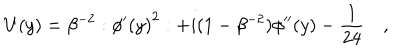
U ( y ) = \beta ^ { - 2 } : { \phi ^ { \prime } ( y ) } ^ { 2 } : + i ( 1 - \beta ^ { - 2 } ) \phi ^ { \prime \prime } ( y ) - \frac { 1 } { 2 4 } \quad ,